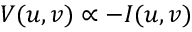
V ( u , v ) \propto - I ( u , v )